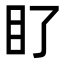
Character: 𭾙